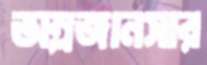
অম্লজানসার